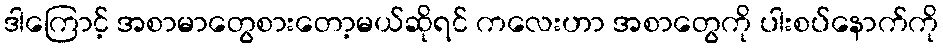
ဒါကြောင့် အစာမာတွေစားတော့မယ်ဆိုရင် ကလေးဟာ အစာတွေကို ပါးစပ်နောက်ကို